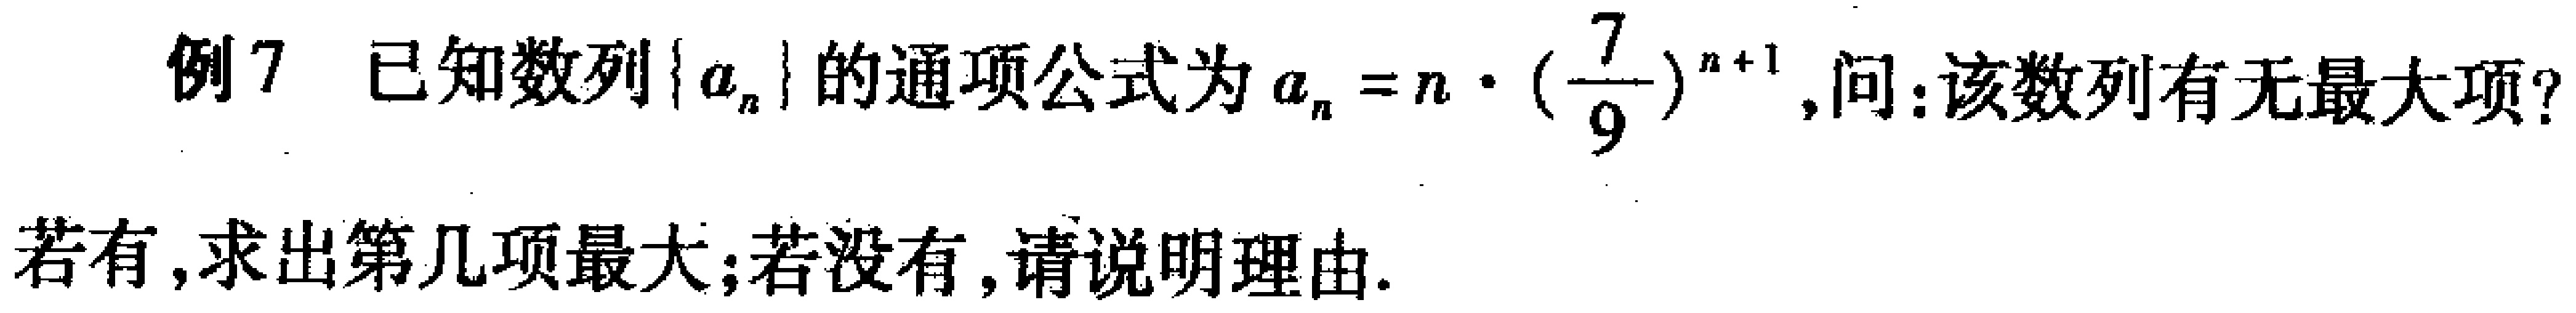
例7 已知数列\(\{a_{n}\}\)的通项公式为\(a_{n}=n\cdot(\frac{7}{9})^{n + 1}\)，问：该数列有无最大项？
若有，求出第几项最大；若没有，请说明理由.